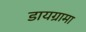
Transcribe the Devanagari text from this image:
डायग्रामा